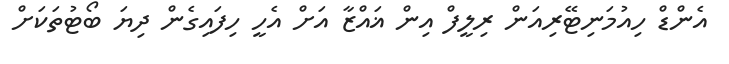
އެންޑް ހިއުމަނިޓޭރިއަން ރިލީފް އިން ޣައްޒާ އަށް އެހީ ހިފައިގެން ދިޔަ ބޯޓުތަކަށް